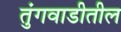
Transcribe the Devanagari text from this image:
तुंगवाडीतील